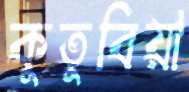
কুতুবিয়া